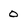
Character: 0